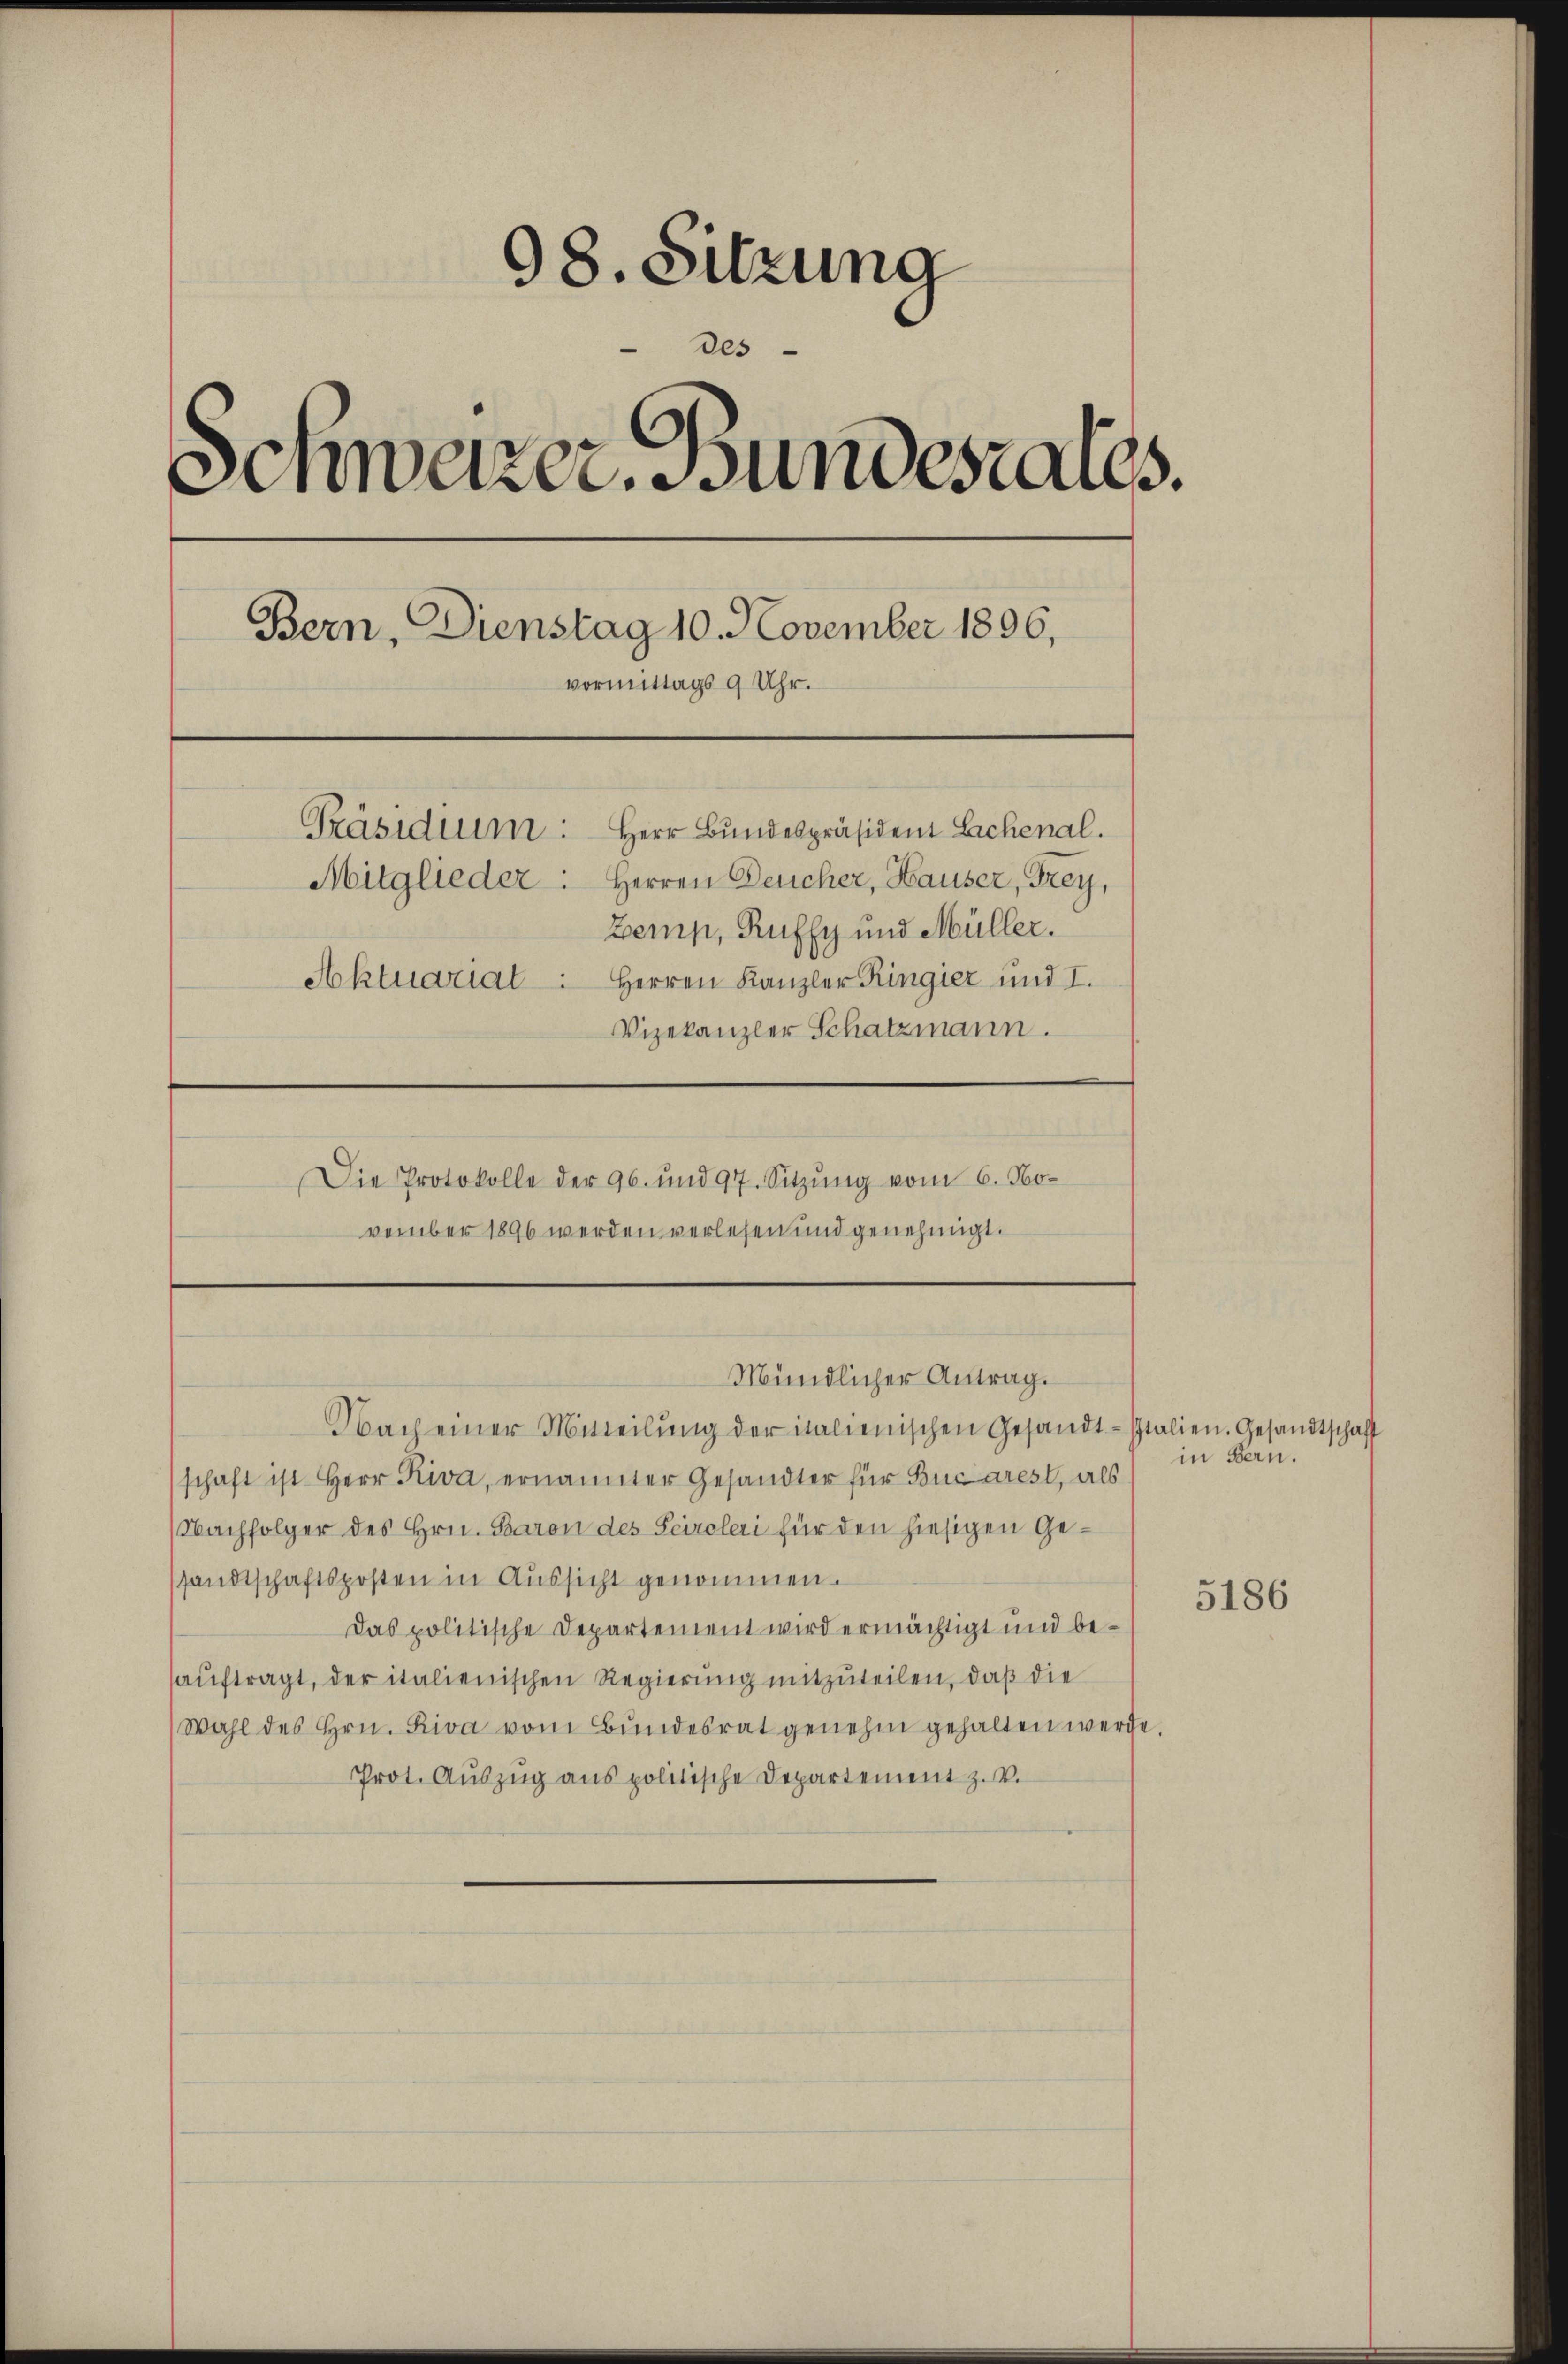
98. Sitzung
des
Schwarzer, undesrates.
Bern, Dienstag 10. November 1896,
vormittags 9 Uhr.
Präsidium: Herr Bundespräsident Lachenal.
Mitglieder. Herren Deucher, Hauser, Frey,
Zemp, Ruffy und Müller.
Aktuariat. Herren Kanzler Ringier und I.
Vizekanzler Schatzmann.

Die Protokolle der 96. und 97. Sitzŭng vom 6. No-
vember 1896 werden verlesen und genehmigt.

Mündlicher Antrag.

Nach einer Mitteilung der italienischen Gesandtschaft ist. Herr Riva, ernannter Gesandter für Buzarest, als
Nachfolger des Hrn. Baron des Peiroleri für den hiesigen Gesandtschaftsposten in Aussicht genommen.
Das politische Departement wird ermächtigt und beauftragt, der italienischen Regierung mitzuteilen, daß die
Wahl des Hrn. Riva vom Bŭndesrat genehm gehalten werde.
Prot. Auszug aus politische Departement z. v.

in Bern.

stalien. Gesandtschaft

5186